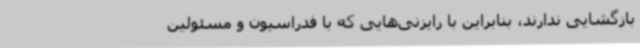
بازگشایی ندارند، بنابراین با رایزنی‌هایی که با فدراسیون و مسئولین